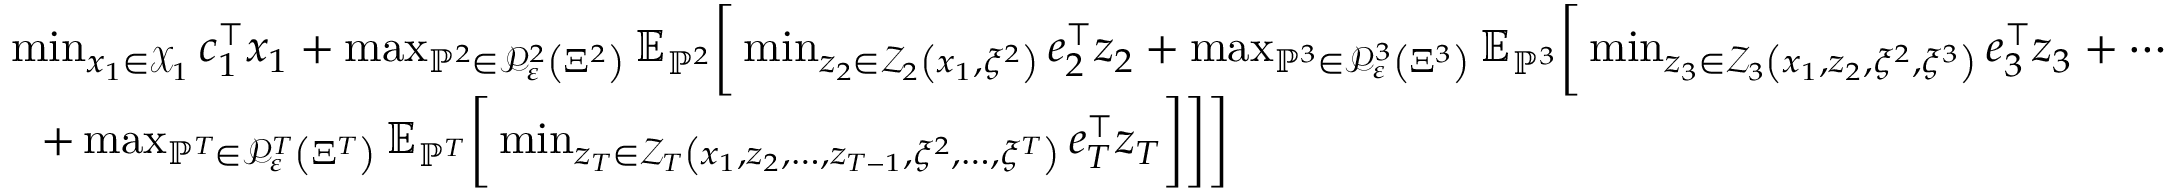
\begin{array} { r l } & { \operatorname* { m i n } _ { x _ { 1 } \in { \mathcal X } _ { 1 } } c _ { 1 } ^ { \top } x _ { 1 } + \operatorname* { m a x } _ { { \mathbb P } ^ { 2 } \in { \mathcal P } _ { \varepsilon } ^ { 2 } \left( \Xi ^ { 2 } \right) } { \mathbb E } _ { { \mathbb P } ^ { 2 } } \bigg [ \operatorname* { m i n } _ { z _ { 2 } \in { \mathcal Z } _ { 2 } \left( x _ { 1 } , \xi ^ { 2 } \right) } e _ { 2 } ^ { \top } z _ { 2 } + \operatorname* { m a x } _ { { \mathbb P } ^ { 3 } \in { \mathcal P } _ { \varepsilon } ^ { 3 } \left( \Xi ^ { 3 } \right) } { \mathbb E } _ { \mathbb P ^ { 3 } } \bigg [ \operatorname* { m i n } _ { z _ { 3 } \in { \mathcal Z } _ { 3 } \left( x _ { 1 } , z _ { 2 } , \xi ^ { 2 } , \xi ^ { 3 } \right) } e _ { 3 } ^ { \top } z _ { 3 } + \cdots } \\ & { \ \ + \operatorname* { m a x } _ { { \mathbb P } ^ { T } \in { \mathcal P } _ { \varepsilon } ^ { T } \left( \Xi ^ { T } \right) } { \mathbb E } _ { \mathbb P ^ { T } } \bigg [ \operatorname* { m i n } _ { z _ { T } \in { \mathcal Z } _ { T } \left( x _ { 1 } , z _ { 2 } , \ldots , z _ { T - 1 } , \xi ^ { 2 } , \ldots , \xi ^ { T } \right) } e _ { T } ^ { \top } z _ { T } \bigg ] \bigg ] \bigg ] } \end{array}